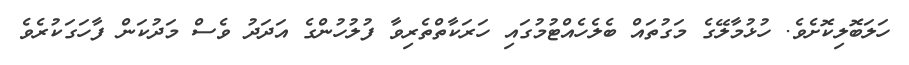
ހަލަބޮލިކޮށެވެ. ހުޅުމާލޭގެ މަގުތައް ބެލެހެއްޓުމުގައި ހަރަކާތްތެރިވާ ފުލުހުންގެ އަދަދު ވެސް މަދުކަން ފާހަގަކުރެވެ